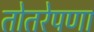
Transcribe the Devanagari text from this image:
तोतरेपणा